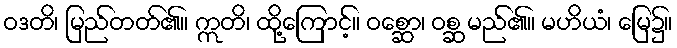
ဝဒတိ၊ မြည်တတ်၏။ ဣတိ၊ ထို့ကြောင့်။ ဝစ္ဆော၊ ဝစ္ဆ မည်၏။ မဟိယံ၊ မြေ၌။